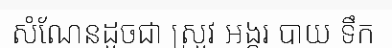
សំណែនដូចជា ស្រូវ អង្ករ បាយ ទឹក